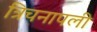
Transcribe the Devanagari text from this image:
त्रिचनापली